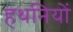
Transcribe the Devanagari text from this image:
हथनियों